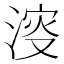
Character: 𣸈